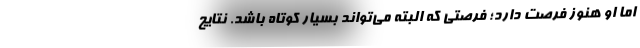
اما او هنوز فرصت دارد؛ فرصتی که البته می‌تواند بسیار کوتاه باشد. نتایج